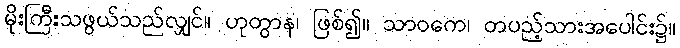
မိုးကြီးသဖွယ်သည်လျှင်။ ဟုတွာန၊ ဖြစ်၍။ သာဝကေ၊ တပည့်သားအပေါင်း၌။